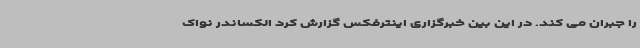
را جبران می کند. در این بین خبرگزاری اینترفکس گزارش کرد الکساندر نواک